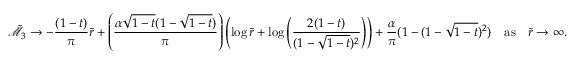
\tilde { \mathcal { M } } _ { 3 } \rightarrow - \frac { ( 1 - t ) } { \pi } \tilde { r } + \left( \frac { \alpha \sqrt { 1 - t } ( 1 - \sqrt { 1 - t } ) } { \pi } \right) \left( \log { \tilde { r } } + \log \left( \frac { 2 ( 1 - t ) } { ( 1 - \sqrt { 1 - t } ) ^ { 2 } } \right) \right) + \frac { \alpha } { \pi } ( 1 - ( 1 - \sqrt { 1 - t } ) ^ { 2 } ) \quad \mathrm { a s } \quad \tilde { r } \rightarrow \infty .